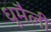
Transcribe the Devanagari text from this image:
धूमैली